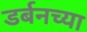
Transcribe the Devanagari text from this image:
डर्बनच्या